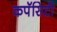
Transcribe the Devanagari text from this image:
कपॅसिटी